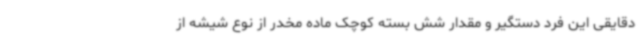
دقایقی این فرد دستگیر و مقدار شش بسته کوچک ماده مخدر از نوع شیشه از